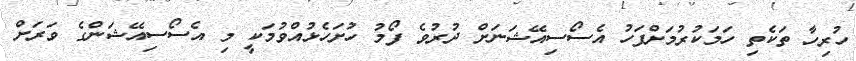
ހުރިހާ ތަކެތި ހަމަކުރުމަށްފަހު އެސޯސިއޭޝަނަށް ދުރުވެ ފޯމު ހުށަހެޅުއްވުމަކީ މި އެސޯސިއޭޝަންގެ ވަރަށް